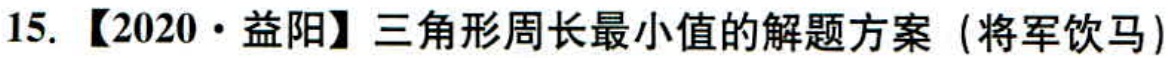
15. 【2020·益阳】三角形周长最小值的解题方案（将军饮马）